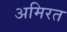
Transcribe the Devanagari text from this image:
अमिरत